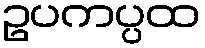
ဥပကပ္ပထ